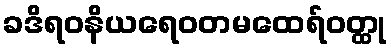
ခဒိရဝနိယရေဝတမထေရ်ဝတ္ထု